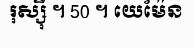
រុស្ស៊ី ។ 50 ។ យេម៉ែន